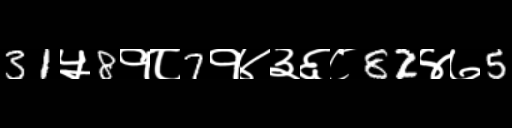
Text: 31५8१८7१४३६८82४७5